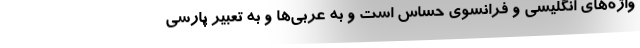
واژه‌های انگلیسی و فرانسوی حساس است و به عربی‌ها و به تعبیر پارسی